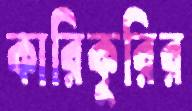
কারিকুরির